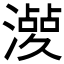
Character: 𣿤